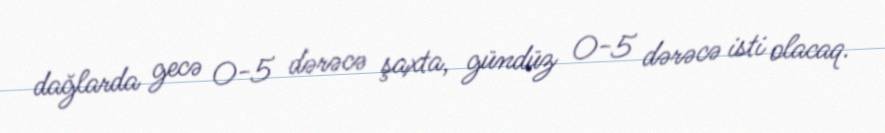
dağlarda gecə 0-5 dərəcə şaxta, gündüz 0-5 dərəcə isti olacaq.